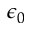
\epsilon _ { 0 }